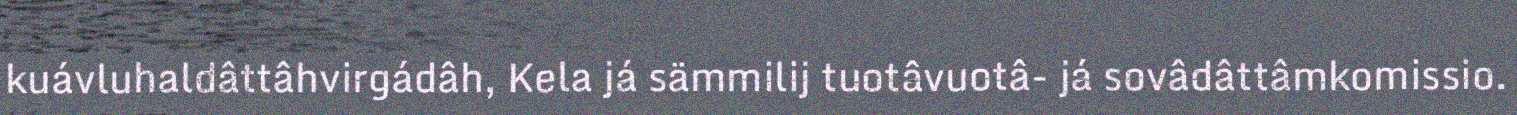
kuávluhaldâttâhvirgádâh, Kela já sämmilij tuotâvuotâ- já sovâdâttâmkomissio.